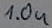
Text: 1.0u